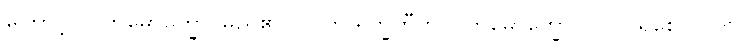
ကြောင့်။ ပါတိမောက္ခော၊ မည်၏။ (ပါတိ ရက္ခတီတိ ပါတိမောက္ခော၊ ပုဂ္ဂိုလ်ရစေ။ ပါတိ